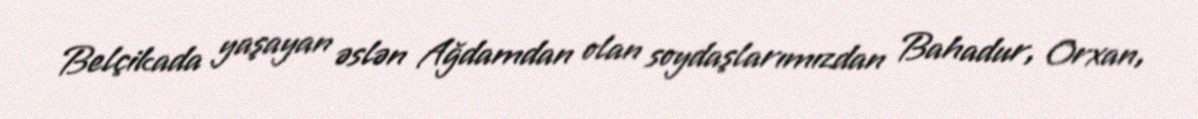
Belçikada yaşayan əslən Ağdamdan olan soydaşlarımızdan Bahadur, Orxan,